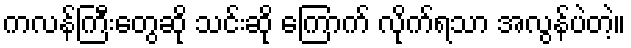
ကလန်ကြီးတွေဆို သင်းဆို ကြောက် လိုက်ရသာ အလွန်ပဲတဲ့။